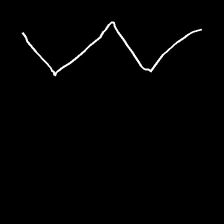
Glyph: crush